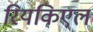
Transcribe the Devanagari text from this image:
रियकिएल